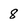
Character: 8